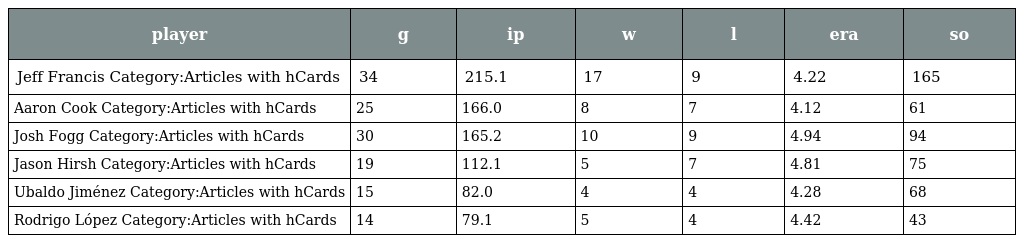
| player | g | ip | w | l | era | so |
 | --- | --- | --- | --- | --- | --- | --- |
 | Jeff Francis Category:Articles with hCards | 34 | 215.1 | 17 | 9 | 4.22 | 165 |
 | Aaron Cook Category:Articles with hCards | 25 | 166.0 | 8 | 7 | 4.12 | 61 |
 | Josh Fogg Category:Articles with hCards | 30 | 165.2 | 10 | 9 | 4.94 | 94 |
 | Jason Hirsh Category:Articles with hCards | 19 | 112.1 | 5 | 7 | 4.81 | 75 |
 | Ubaldo Jiménez Category:Articles with hCards | 15 | 82.0 | 4 | 4 | 4.28 | 68 |
 | Rodrigo López Category:Articles with hCards | 14 | 79.1 | 5 | 4 | 4.42 | 43 |